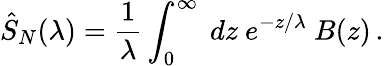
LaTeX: \hat{S}_{N}(\lambda)={\frac{1}{\lambda}}\int_{0}^{\infty}\ dz\ e^{-z/\lambda}\ B(z)\, .